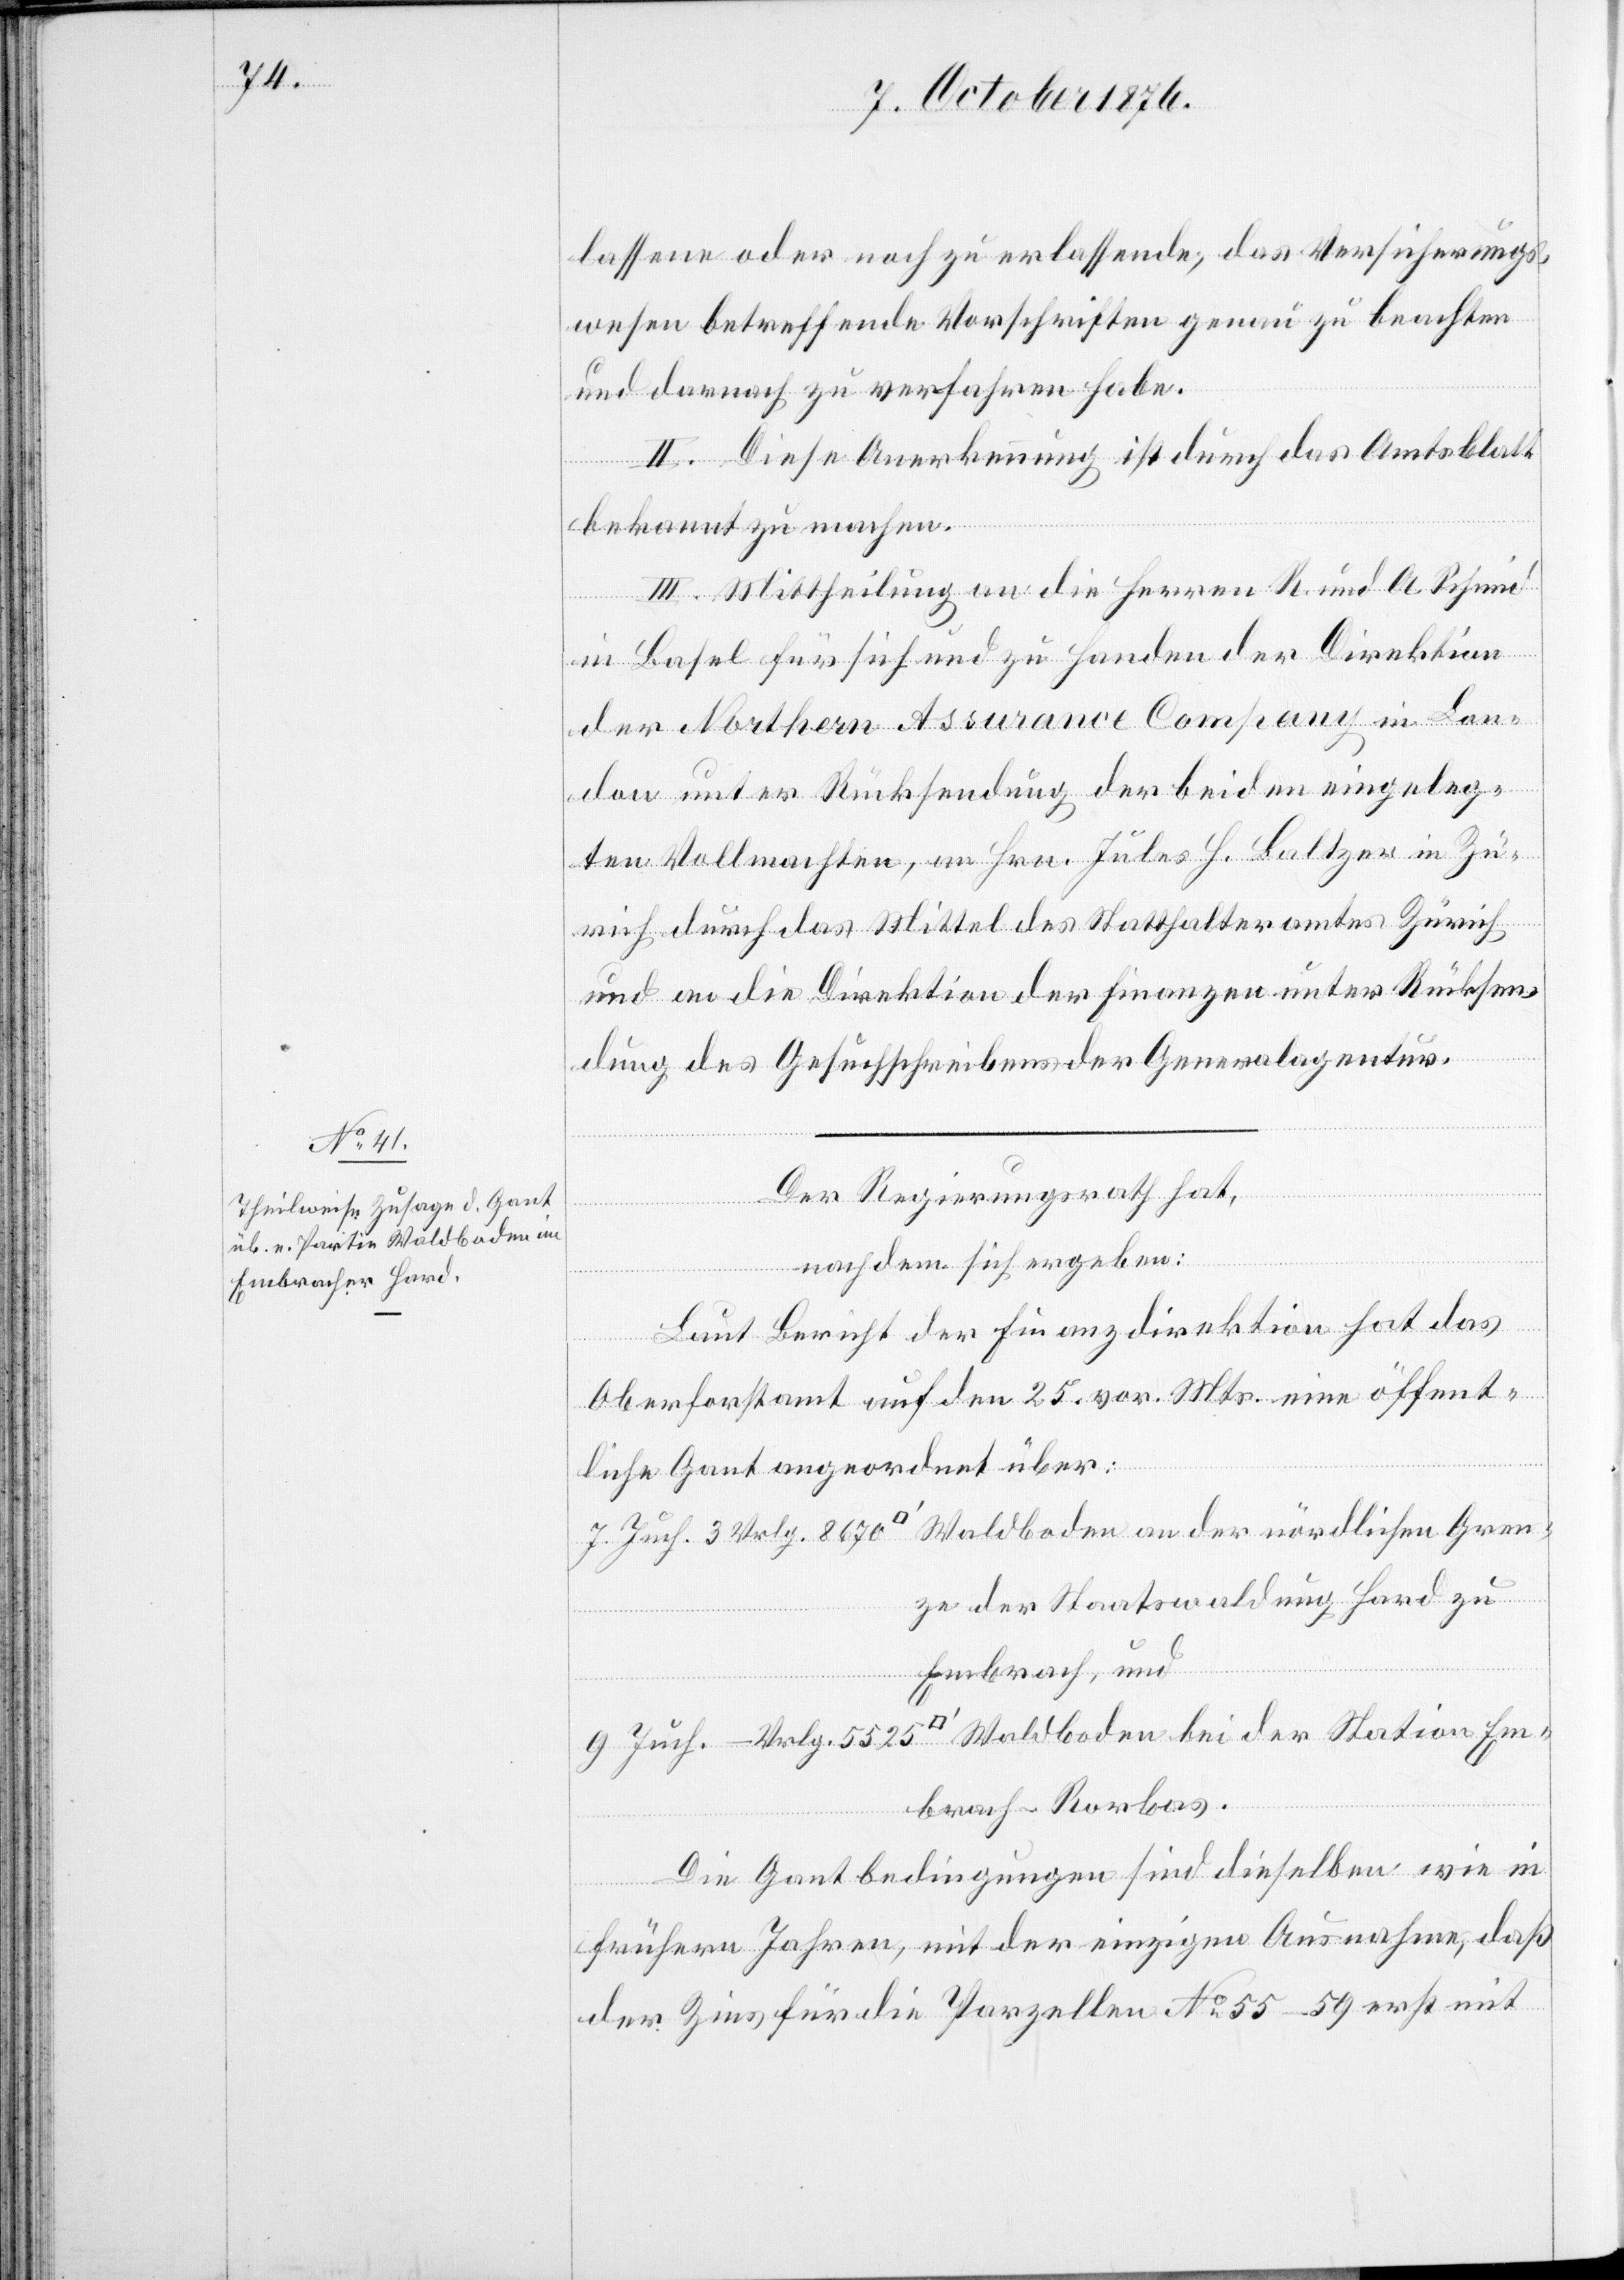
lassene oder noch zu erlassende, das Versicherungs¬
wesen betreffende Vorschriften genau zu beachten
und darnach zu verfahren habe.
II. Diese Anerkennung ist durch das Amtsblatt
bekannt zu machen.
III. Mittheilung an die Herren R. und A. Schmid
in Basel für sich und zu Handen der Direktion
der Northern Assurance Company in Lon¬
don unter Rückstellung der beiden eingeleg¬
ten Vollmachten, an Hrn. Jules H. Baltzer in Zü¬
rich durch das Mittel des Statthalteramtes Zürich
und an die Direktion der Finanzen unter Rücksen¬
dung des Gesuchschreibens der Generalagentur.
Der Regierungsrath hat,
nachdem sich ergeben:
Laut Bericht der Finanzdirektion hat das
Oberforstamt auf den 25. vor. Mts. eine öffent¬
liche Gant angeordnet über:
1. Juch. 3 Vrlg. 8670 [Quadratfuß] Waldboden an der nördlichen Gren¬
ze der Staatswaldung Hard zu
Embrach, und
9 Juch. – Vrlg. 5525 [Quadratfuß] Waldboden bei der Station Em¬
brach-Rorbas.
Die Gantbedingungen sind dieselben wie in
frühern Jahren, mit der einzigen Ausnahme, daß
der Zins für die Parzellen No 55–59 erst mit